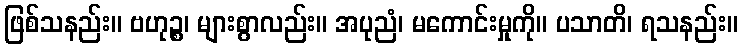
ဖြစ်သနည်း။ ဗဟုဉ္စ၊ များစွာလည်း။ အပုညံ၊ မကောင်းမှုကို။ ပသာတိ၊ ရသနည်း။